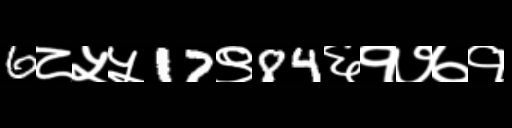
Text: 6८५५17९84६१७७१